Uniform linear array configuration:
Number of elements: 32
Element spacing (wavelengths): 1
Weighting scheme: hamming
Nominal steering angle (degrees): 60
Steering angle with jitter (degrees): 61.567
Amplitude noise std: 0.05
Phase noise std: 0.05

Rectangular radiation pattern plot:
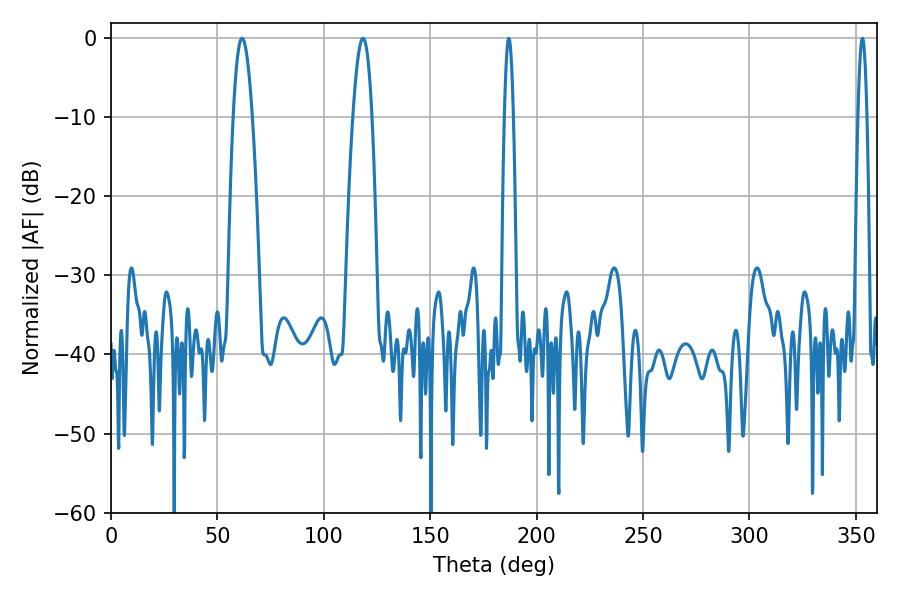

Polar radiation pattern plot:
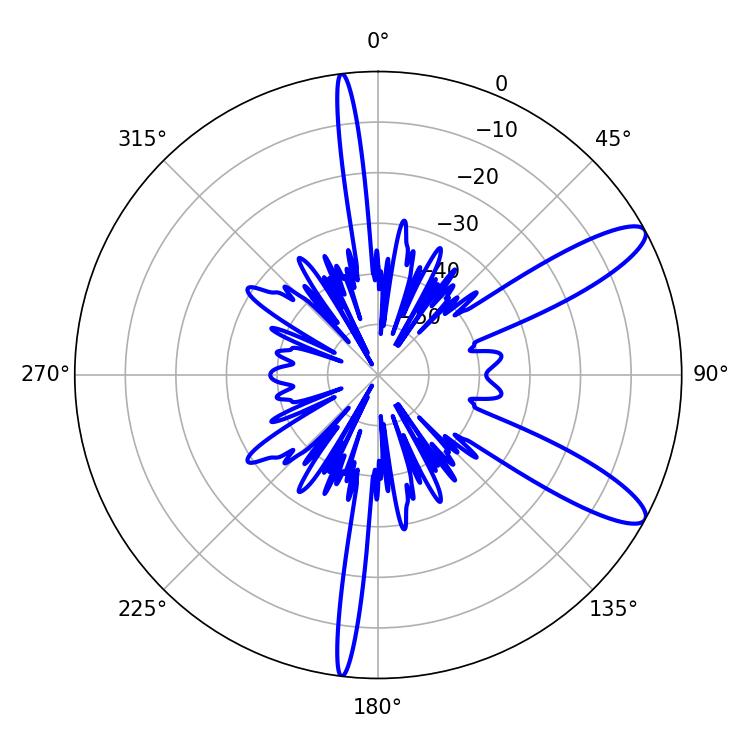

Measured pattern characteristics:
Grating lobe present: TRUE
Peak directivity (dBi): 11.155
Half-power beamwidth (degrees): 4.86
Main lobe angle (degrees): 61.56